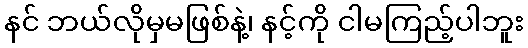
နင် ဘယ်လိုမှမဖြစ်နဲ့၊ နင့်ကို ငါမကြည့်ပါဘူး